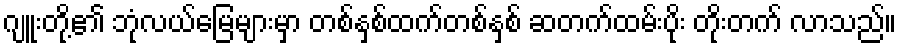
ဂျူးတို့၏ ဘုံလယ်မြေများမှာ တစ်နှစ်ထက်တစ်နှစ် ဆတက်ထမ်းပိုး တိုးတက် လာသည်။